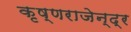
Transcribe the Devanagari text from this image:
कृष्णराजेन्द्र